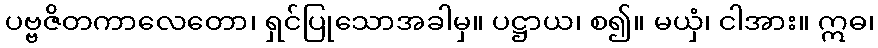
ပဗ္ဗဇိတကာလေတော၊ ရှင်ပြုသောအခါမှ။ ပဋ္ဌာယ၊ စ၍။ မယှံ၊ ငါအား။ ဣဓ၊